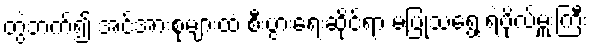
တွဲဘက်၍ အင်အားစုများထံ စီးပွားရေးဆိုင်ရာ မပြုသရွေ့ ရဲဗိုလ်မှူးကြီး